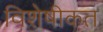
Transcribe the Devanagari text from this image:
विशेषीकत